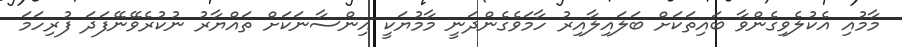
މާމުއި އެކުލެވިގެންވާ ބައިތަކަށް ބަލައިލާއިރު ހާމަވެގެންދަނީ މާމުޔަކީ އިންސާނަކަށް ތައްޔާރު ނުކުރެވޭނޭފަދަ ފުރިހަމަ